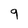
Character: 9